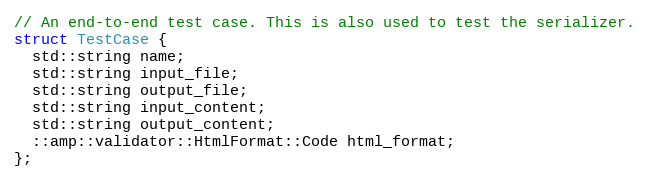
Language: C
// An end-to-end test case. This is also used to test the serializer.
struct TestCase {
  std::string name;
  std::string input_file;
  std::string output_file;
  std::string input_content;
  std::string output_content;
  ::amp::validator::HtmlFormat::Code html_format;
};